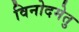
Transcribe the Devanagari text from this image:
विनोदमेतु